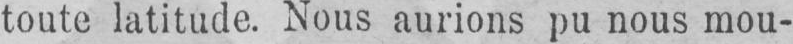
toute latitude. Nous aurions pu nous mou-